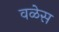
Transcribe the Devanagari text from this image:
वळेस